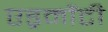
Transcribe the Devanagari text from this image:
एड्रमौंटी